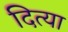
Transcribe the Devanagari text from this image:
दित्या